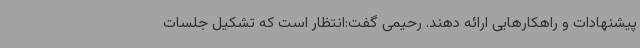
پیشنهادات و راهکارهایی ارائه دهند. رحیمی گفت:انتظار است که تشکیل جلسات